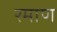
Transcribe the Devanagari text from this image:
रमाण